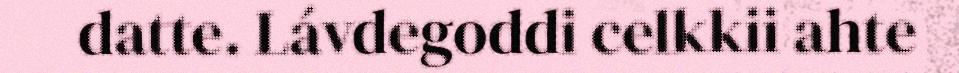
datte. Lávdegoddi celkkii ahte